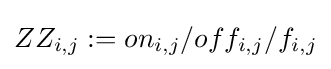
ZZ_{i,j}:=on_{i,j}/off_{i,j}/f_{i,j}